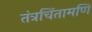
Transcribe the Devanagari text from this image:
तंत्रचिंतामणि